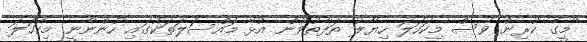
"މީގެ ކުރިން ވެސް މިކަހަލަ ހިޔާލު ތަފާތުވުން އުޅޭ މައްސަލަތަކުގައި ހުންނާނީ މިކަހަލަ